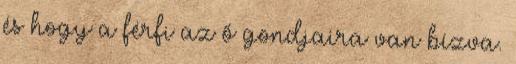
és hogy a férfi az ő gondjaira van bízva.